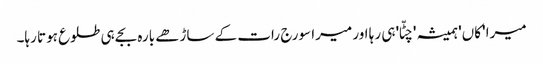
میرا 'کاں' ہمیشہ 'چٹّا' ہی رہا اور میرا سورج رات کے ساڑھے بارہ بجے ہی طلوع ہوتا رہا۔